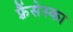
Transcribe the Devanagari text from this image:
फ़्रैंसेस्का